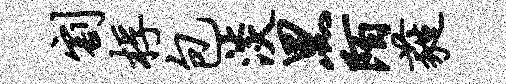
割桴包淡黑陌蕤